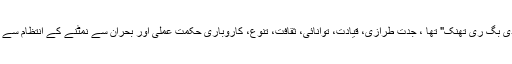
کانفرنس میں ،جس کا موضوع "دی بگ ری تھنک" تھا ، جدت طرازی، قیادت، توانائی، ثقافت، تنوع، کاروباری حکمت عملی اور بحران سے نمٹنے کے انتظام سے متعلق امور پر بات چیت کی گئی۔